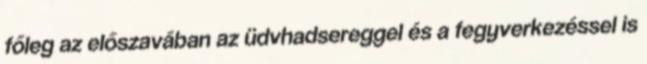
főleg az előszavában az üdvhadsereggel és a fegyverkezéssel is